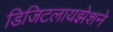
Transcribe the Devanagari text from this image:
डिजिटलायझेशने